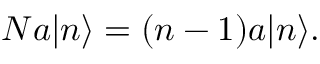
N a | n \rangle = ( n - 1 ) a | n \rangle .